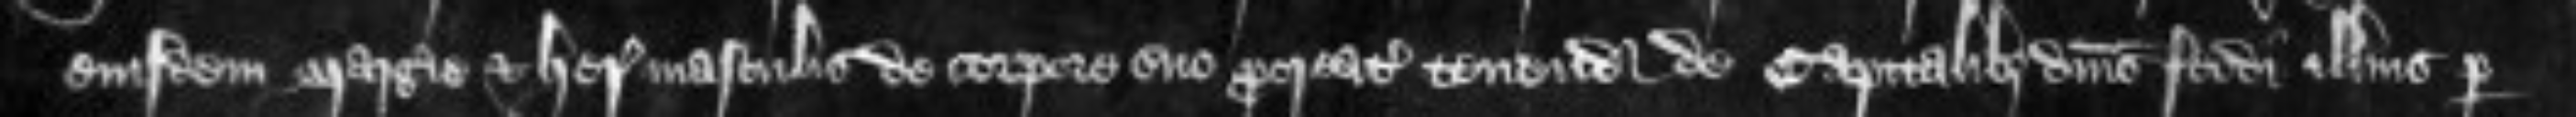
eiusdem Margerie et heredibus masculis de corpore suo procreatis tenendo de capitalibus dominis feodi illius per